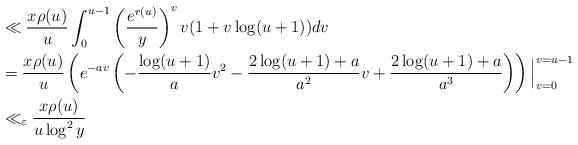
LaTeX: \begin{align*}&\ll \frac{x \rho(u)}{u} \int_{0}^{u-1} \left( \frac{e^{r(u)}}{y}\right)^{v} v(1+v\log(u+1))dv\\&= \frac{x \rho(u)}{u}\left( e^{-av} \left( -\frac{\log(u+1)}{a}v^2-\frac{2\log(u+1)+a}{a^2}v + \frac{2\log(u+1)+a}{a^3}\right)\right) \Big|^{v=u-1}_{v=0}\\&\ll_{\varepsilon} \frac{x \rho(u)}{u\log^2y}\end{align*}